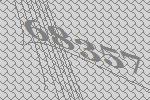
68357